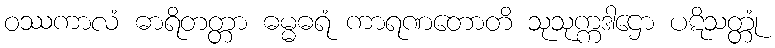
ဝဿကာလံ ဓာရိတတ္တာ ဓမ္မဓရံ ကာရဏတောတိ သုသုက္ကဒါဌော ပဋိသတ္တုံ